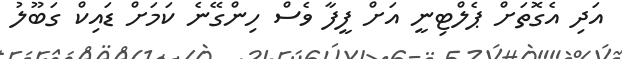
އަދި އެގޮތަށް ޕެލްޓިނީ އަށް ފީފާ ވެސް ހިންގޭނެ ކަމަށް ޑައިކް ގަބޫލު